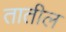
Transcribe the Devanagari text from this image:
तातील